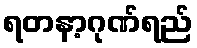
ရတနာ့ဂုဏ်ရည်